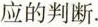
应的判断.